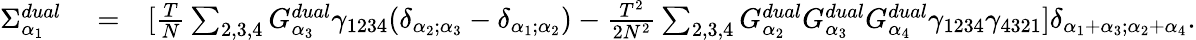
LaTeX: \begin{array}{rlr}{\Sigma_{\alpha_{1}}^{dual}}&{{}=}&{[\frac{T}{N}\sum_{2,3,4}G_{\alpha_{3}}^{dual}\gamma_{1234}(\delta_{\alpha_{2};\alpha_{3}}-\delta_{\alpha_{1};\alpha_{2}})-\frac{T^{2}}{2N^{2}}\sum_{2,3,4}G_{\alpha_{2}}^{dual}G_{\alpha_{3}}^{dual}G_{\alpha_{4}}^{dual}\gamma_{1234}\gamma_{4321}]\delta_{\alpha_{1}+\alpha_{3};\alpha_{2}+\alpha_{4}}.}\end{array}